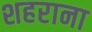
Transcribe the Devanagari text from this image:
शहराना